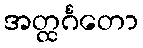
အတ္ထင်္ဂတော